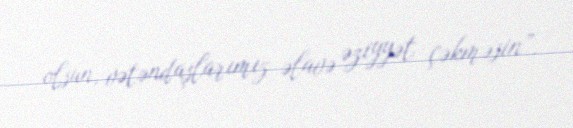
olsun, vətəndaşlarımız əlavə əziyyət çəkməsin”.